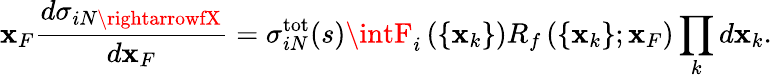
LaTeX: \mathbf{x}_{F}\frac{{d\sigma_{iN\rightarrowfX}}}{{d\mathbf{x}_{F}}}=\sigma_{iN}^{\mathrm{{tot}}}(s)\intF_{i}\left(\{ \mathbf{x}_{k}\} \right)R_{f}\left(\{ \mathbf{x}_{k}\} ;\mathbf{x}_{F}\right)\prod_{k}d\mathbf{x}_{k}.